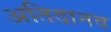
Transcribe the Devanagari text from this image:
अतिदानव